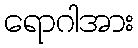
ရောဂါအား